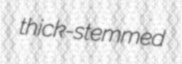
thick-stemmed